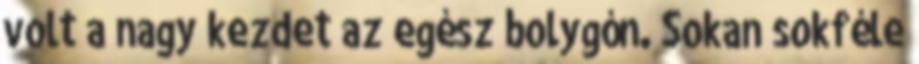
volt a nagy kezdet az egész bolygón. Sokan sokféle